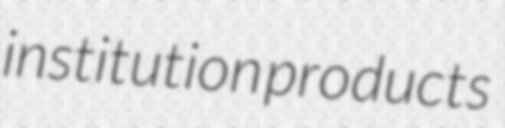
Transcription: institution products